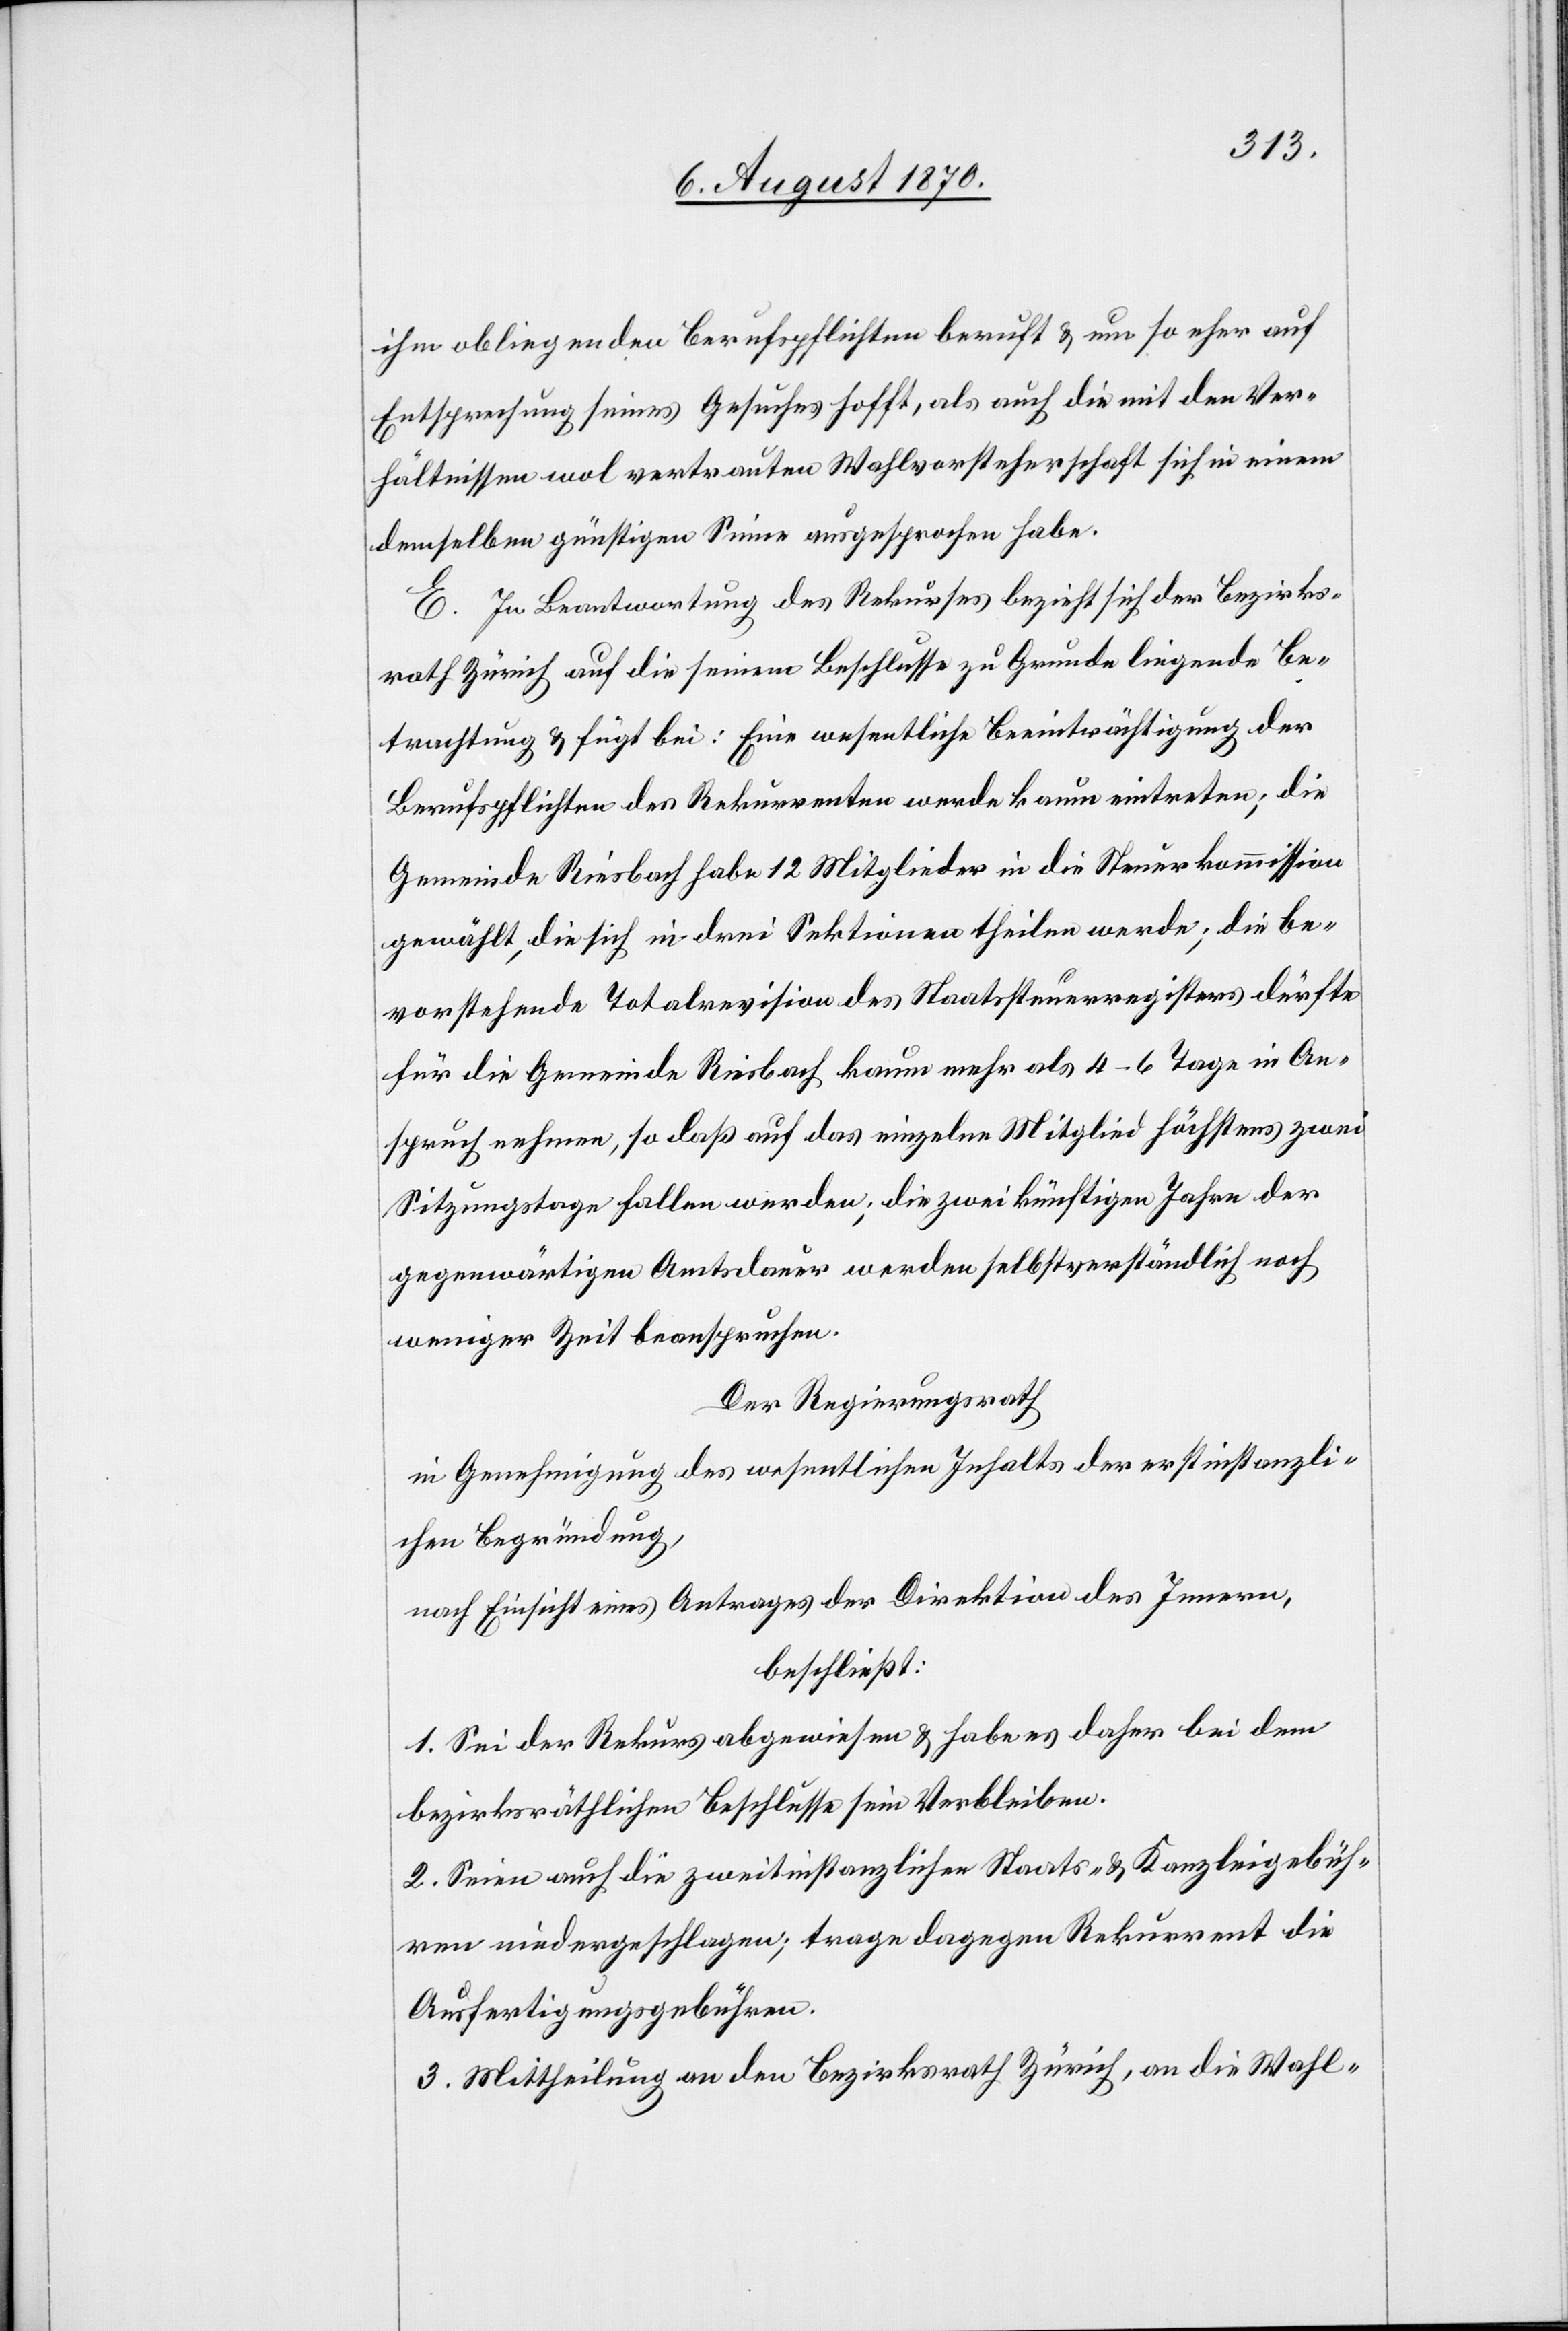
ihm obliegenden Berufspflichten beruft & um so eher auf
Entsprechung seines Gesuches hofft, als auch die mit den Ver¬
hältnissen wol vertrauten Wahlvorsteherschaft sich in einem
demselben günstigen Sinne ausgesprochen habe.
E. In Beantwortung des Rekurses bezieht sich der Bezirks¬
rath Zürich auf die seinem Beschlusse zu Grunde liegende Be¬
trachtung & fügt bei: Eine wesentliche Beeinträchtigung der
Berufspflichten des Rekurrenten werde kaum eintreten; die
Gemeinde Riesbach habe 12 Mitglieder in die Steuerkommission
gewählt, die sich in drei Sektionen theilen werde; die be¬
vorstehende Totalrevision des Staatssteuerregisters dürfte
für die Gemeinde Riesbach kaum mehr als 4–6 Tage in An¬
spruch nehmen, so daß auf das einzelne Mitglied höchstens zwei
Sitzungstage fallen werden; die zwei künftigen Jahre der
gegenwärtigen Amtsdauer werden selbstverständlich noch
weniger Zeit beanspruchen.
Der Regierungsrath
in Genehmigung des wesentlichen Inhalts der erstinstanzli¬
chen Begründung,
nach Einsicht eines Antrages der Direktion des Innern,
beschließt:
1. Sei der Rekurs abgewiesen & habe es daher bei dem
bezirksräthlichen Beschlusse sein Verbleiben.
2. Seien auch die zweitinstanzlichen Staats- & Kanzleigebüh¬
ren niedergeschlagen; trage dagegen Rekurrent die
Ausfertigungsgebühren.
3. Mittheilung an den Bezirksrath Zürich, an die Wahl-